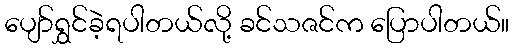
ပျော်ရွှင်ခဲ့ရပါတယ်လို့ ခင်သဇင်က ပြောပါတယ်။